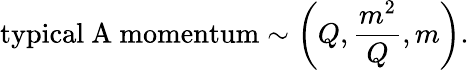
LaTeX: \mathrm{typical~A~momentum}\sim\left(Q,\frac{m^{2}}{Q},m\right).